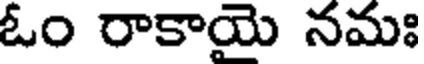
ఓం రాకాయై నమః